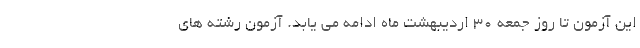
این آزمون تا روز جمعه ۳۰ اردیبهشت ماه ادامه می یابد. آزمون رشته های